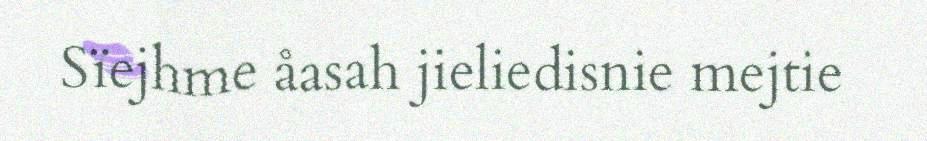
Sïejhme åasah jieliedisnie mejtie